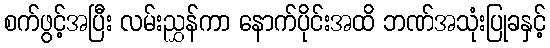
စက်ဖွင့်အပြီး လမ်းညွှန်ကာ နောက်ပိုင်းအထိ ဘဏ်အသုံးပြုခနှင့်